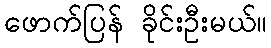
ဖောက်ပြန် ခိုင်းဦးမယ်။